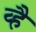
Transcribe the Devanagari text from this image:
व्है